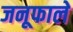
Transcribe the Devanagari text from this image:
जनूफाले